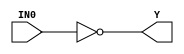
//------------------------------------------------------
// Copyright 1992, 1993 Cascade Design Automation Corporation.
//------------------------------------------------------
module bufinv(IN0,Y);
  parameter N = 8;
  parameter DPFLAG = 0;
  parameter GROUP = "std";
  parameter
        d_IN0 = 0,
        d_Y = 1;
  input [(N - 1):0] IN0;
  output [(N - 1):0] Y;
  wire [(N - 1):0] IN0_temp;
  reg [(N - 1):0] Y_temp;
  assign #(d_IN0) IN0_temp = IN0;
  assign #(d_Y) Y = Y_temp;
  initial
    begin
    if((DPFLAG == 1))
      $display("(WARNING) The instance %m of type bufinv can't be implemented as a data-path cell");
    end
  always
    @(IN0_temp)
      Y_temp = ( ~ IN0_temp);
endmodule